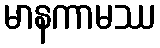
မာနကာမဿ